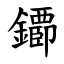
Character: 䥮